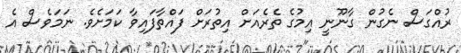
ރުއްގަސް ނެގުން ގާނޫނީ އިމުގެ ތެރެއަށް އިތުރަށް ފައްތާފައިވާ ކަމަށެވެ. ނަމަވެސް އެ